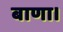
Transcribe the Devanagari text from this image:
बाणा।